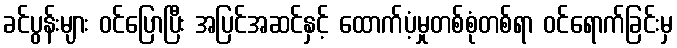
ခင်ပွန်းများ ဝင်ပြောပြီး အပြင်အဆင်နှင့် ထောက်ပံ့မှုတစ်စုံတစ်ရာ ဝင်ရောက်ခြင်းမှ